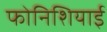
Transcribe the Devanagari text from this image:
फोनिशियाई